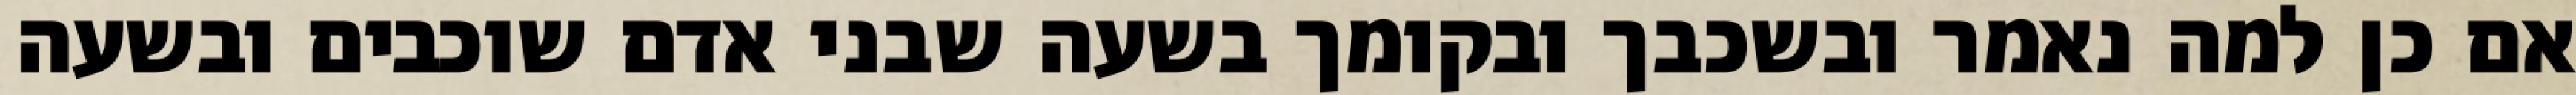
אם כן למה נאמר ובשכבך ובקומך בשעה שבני אדם שוכבים ובשעה